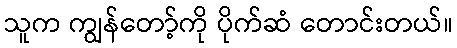
သူက ကျွန်တော့်ကို ပိုက်ဆံ တောင်းတယ်။